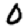
Digit: 0